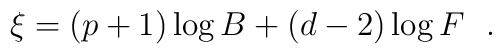
\xi =(p+1)\log B+ (d-2) \log F~~.